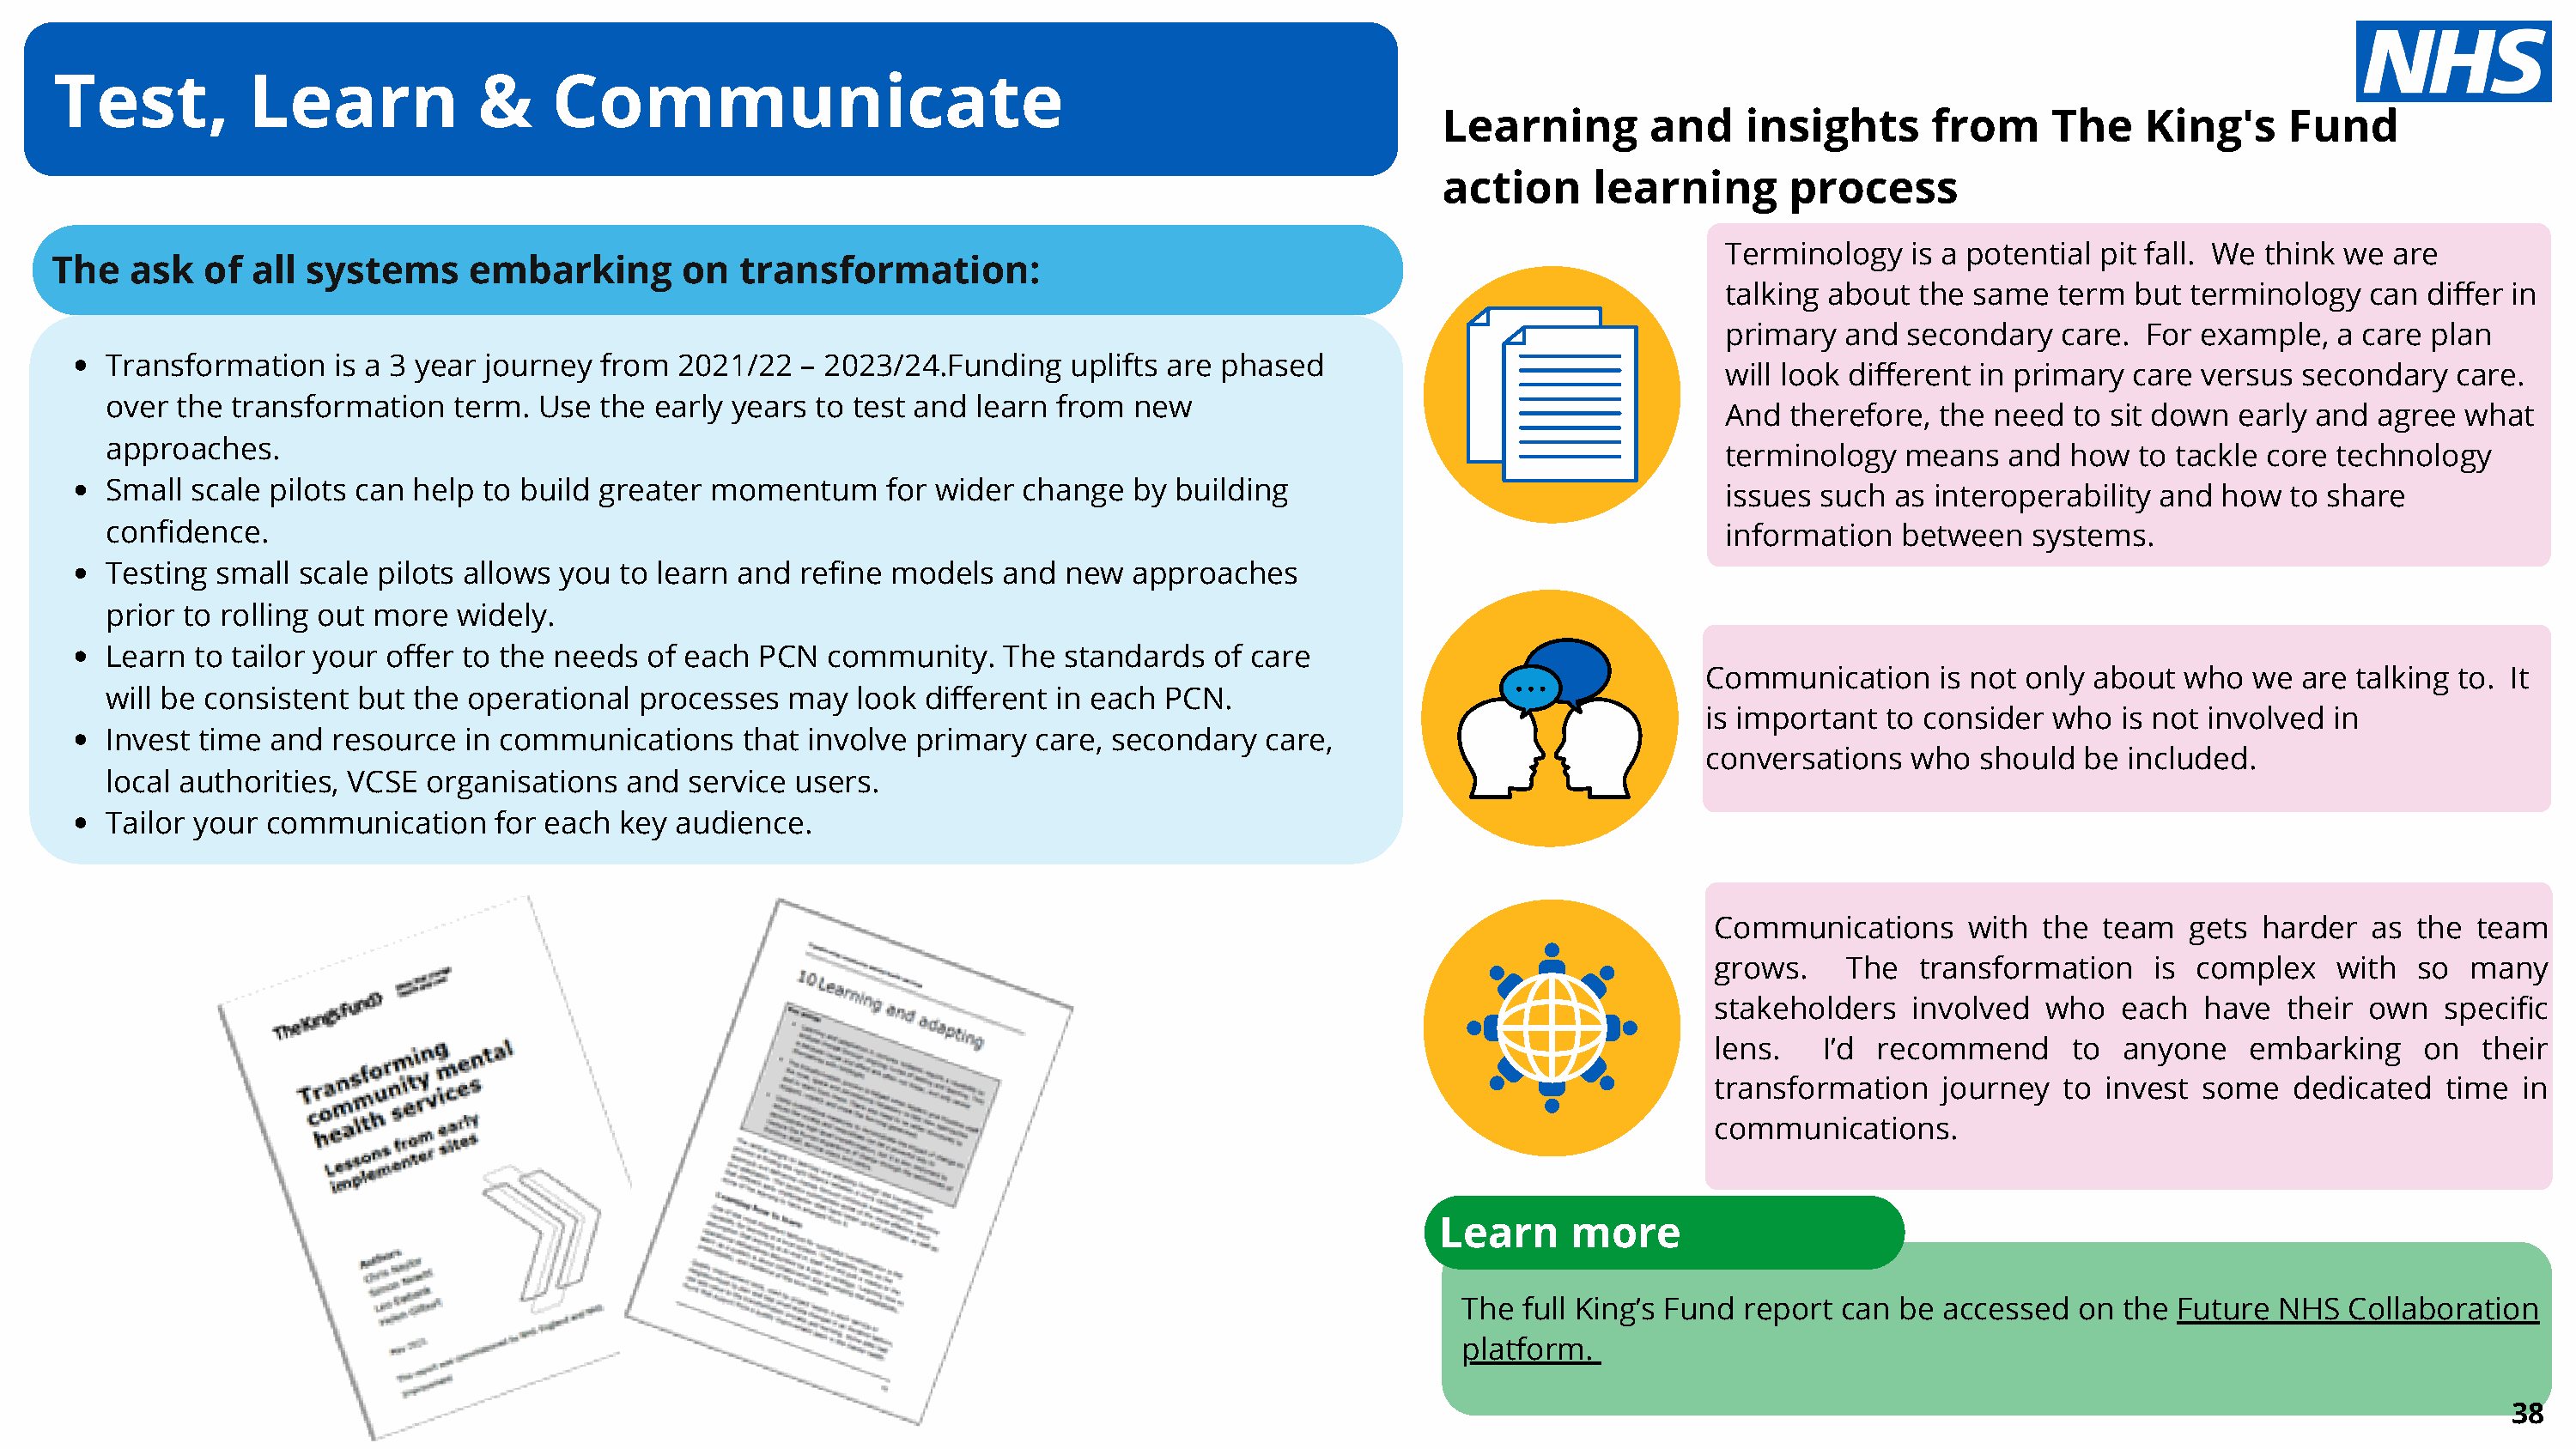
Test,          Learn             &     Communicate
 Learning        and     insights      from     The    King's     Fund       1
 action      learning       process
 Terminology   is a potential pit fall. We think we are
 The   ask   of all  systems     embarking        on  transformation:
 talking about  the same   term  but terminology   can differ in
 primary  and  secondary   care. For  example,  a care plan
 Transformation    is a 3 year journey from  2021/22   – 2023/24.Funding   uplifts are phased
 will look different in primary care  versus secondary   care.
 over  the transformation   term. Use  the early years  to test and learn from  new
 And  therefore, the  need  to sit down  early and agree  what
 approaches.
 terminology   means   and  how  to tackle core technology
 Small  scale pilots can help to build greater  momentum     for wider  change  by  building                                  issues such  as interoperability and  how   to share
 confidence.                                                                                                                  information   between   systems.
 Testing  small scale pilots allows you  to learn and  refine models  and  new  approaches
 prior to rolling out more  widely.
 Learn  to tailor your offer to the needs  of each PCN   community.   The  standards   of care
 Communication     is not only about  who   we are  talking to. It
 will be consistent  but the operational  processes   may  look different in each  PCN.
 is important  to consider  who   is not involved in
 Invest time  and  resource  in communications    that involve  primary  care, secondary   care,
 conversations   who   should  be included.
 local authorities, VCSE  organisations  and  service users.
 Tailor your  communication    for each  key audience.
 Communications      with the  team   gets harder   as the  team
 grows.    The   transformation    is complex    with  so  many
 stakeholders   involved   who   each  have  their  own  specific
 lens.    I’d recommend      to  anyone   embarking     on  their
 transformation    journey  to invest  some   dedicated   time in
 communications.
 Learn     more
 The full King’s Fund report  can be  accessed  on  the Future  NHS  Collaboration
 platform.
 38